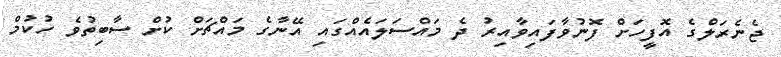
ޖެނެރަލްގެ އޮފީހަށް ފޮނުވާފައިވާއިރު ދެ މައްސަލައެއްގައި އޭނާގެ މައްޗަށް ކުށް ސާބިތުވެ ހުކުމް